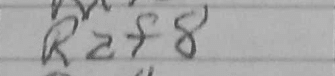
Transcription: Raf8